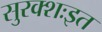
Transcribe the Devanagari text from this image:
सुरक्शःइत